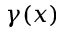
\gamma ( x )